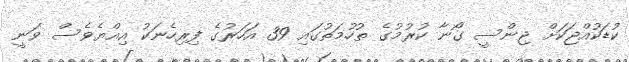
ކުޑަކުއްޖަކަށް ޖިންސީ ގޯޯނާ ކުރުމުގެ ތުހުމަތުގައި 39 އަހަރުގެ ފިރިހެނަކު އިއްޔެވެސް ވަނީ